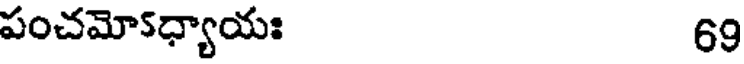
పంచమో5ధ్యాయః 69